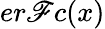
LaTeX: er\mathscr{F}c(x)